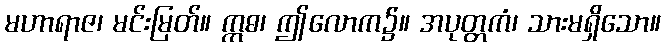
မဟာရာဇ၊ မင်းမြတ်။ ဣဓ၊ ဤလောက၌။ အပုတ္တကံ၊ သားမရှိသော။